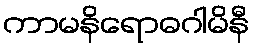
ကာမနိရောဓဂါမိနီ